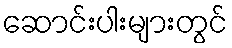
ဆောင်းပါးများတွင်